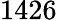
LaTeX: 1426